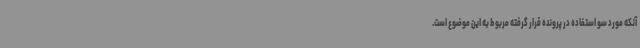
آنکه مورد سو استفاده در پرونده قرار گرفته مربوط به این موضوع است.